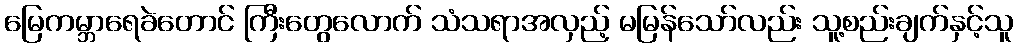
မြေကမ္ဘာရေခဲတောင် ကြီးတွေလောက် သံသရာအလှည့် မမြန်သော်လည်း သူ့စည်းချက်နှင့်သူ